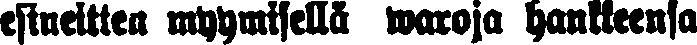
esineitten myymisellä waroja hankkeensa